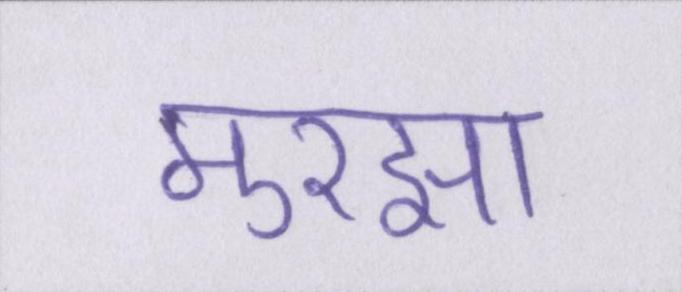
मुरझा